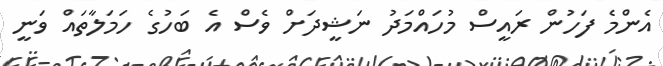
އެންމެ ފަހުން ރައީސް މުހައްމަދު ނަޝީދަށް ވެސް އެ ބަހުގެ ހަމަލާތައް ވަނީ